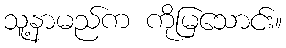
သူ့နာမည်က ကိုမြသောင်း။